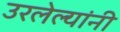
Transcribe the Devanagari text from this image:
उरलेल्यांनी